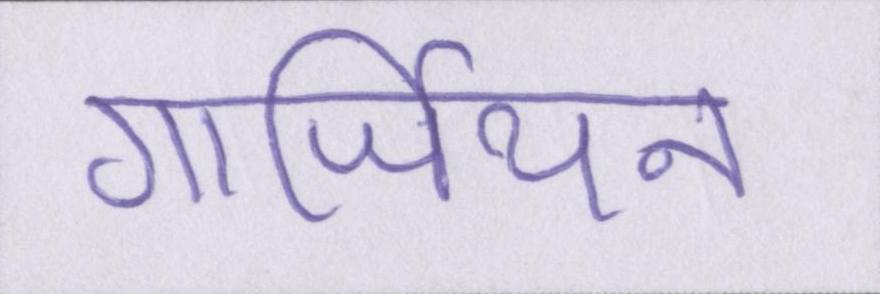
गार्जियन